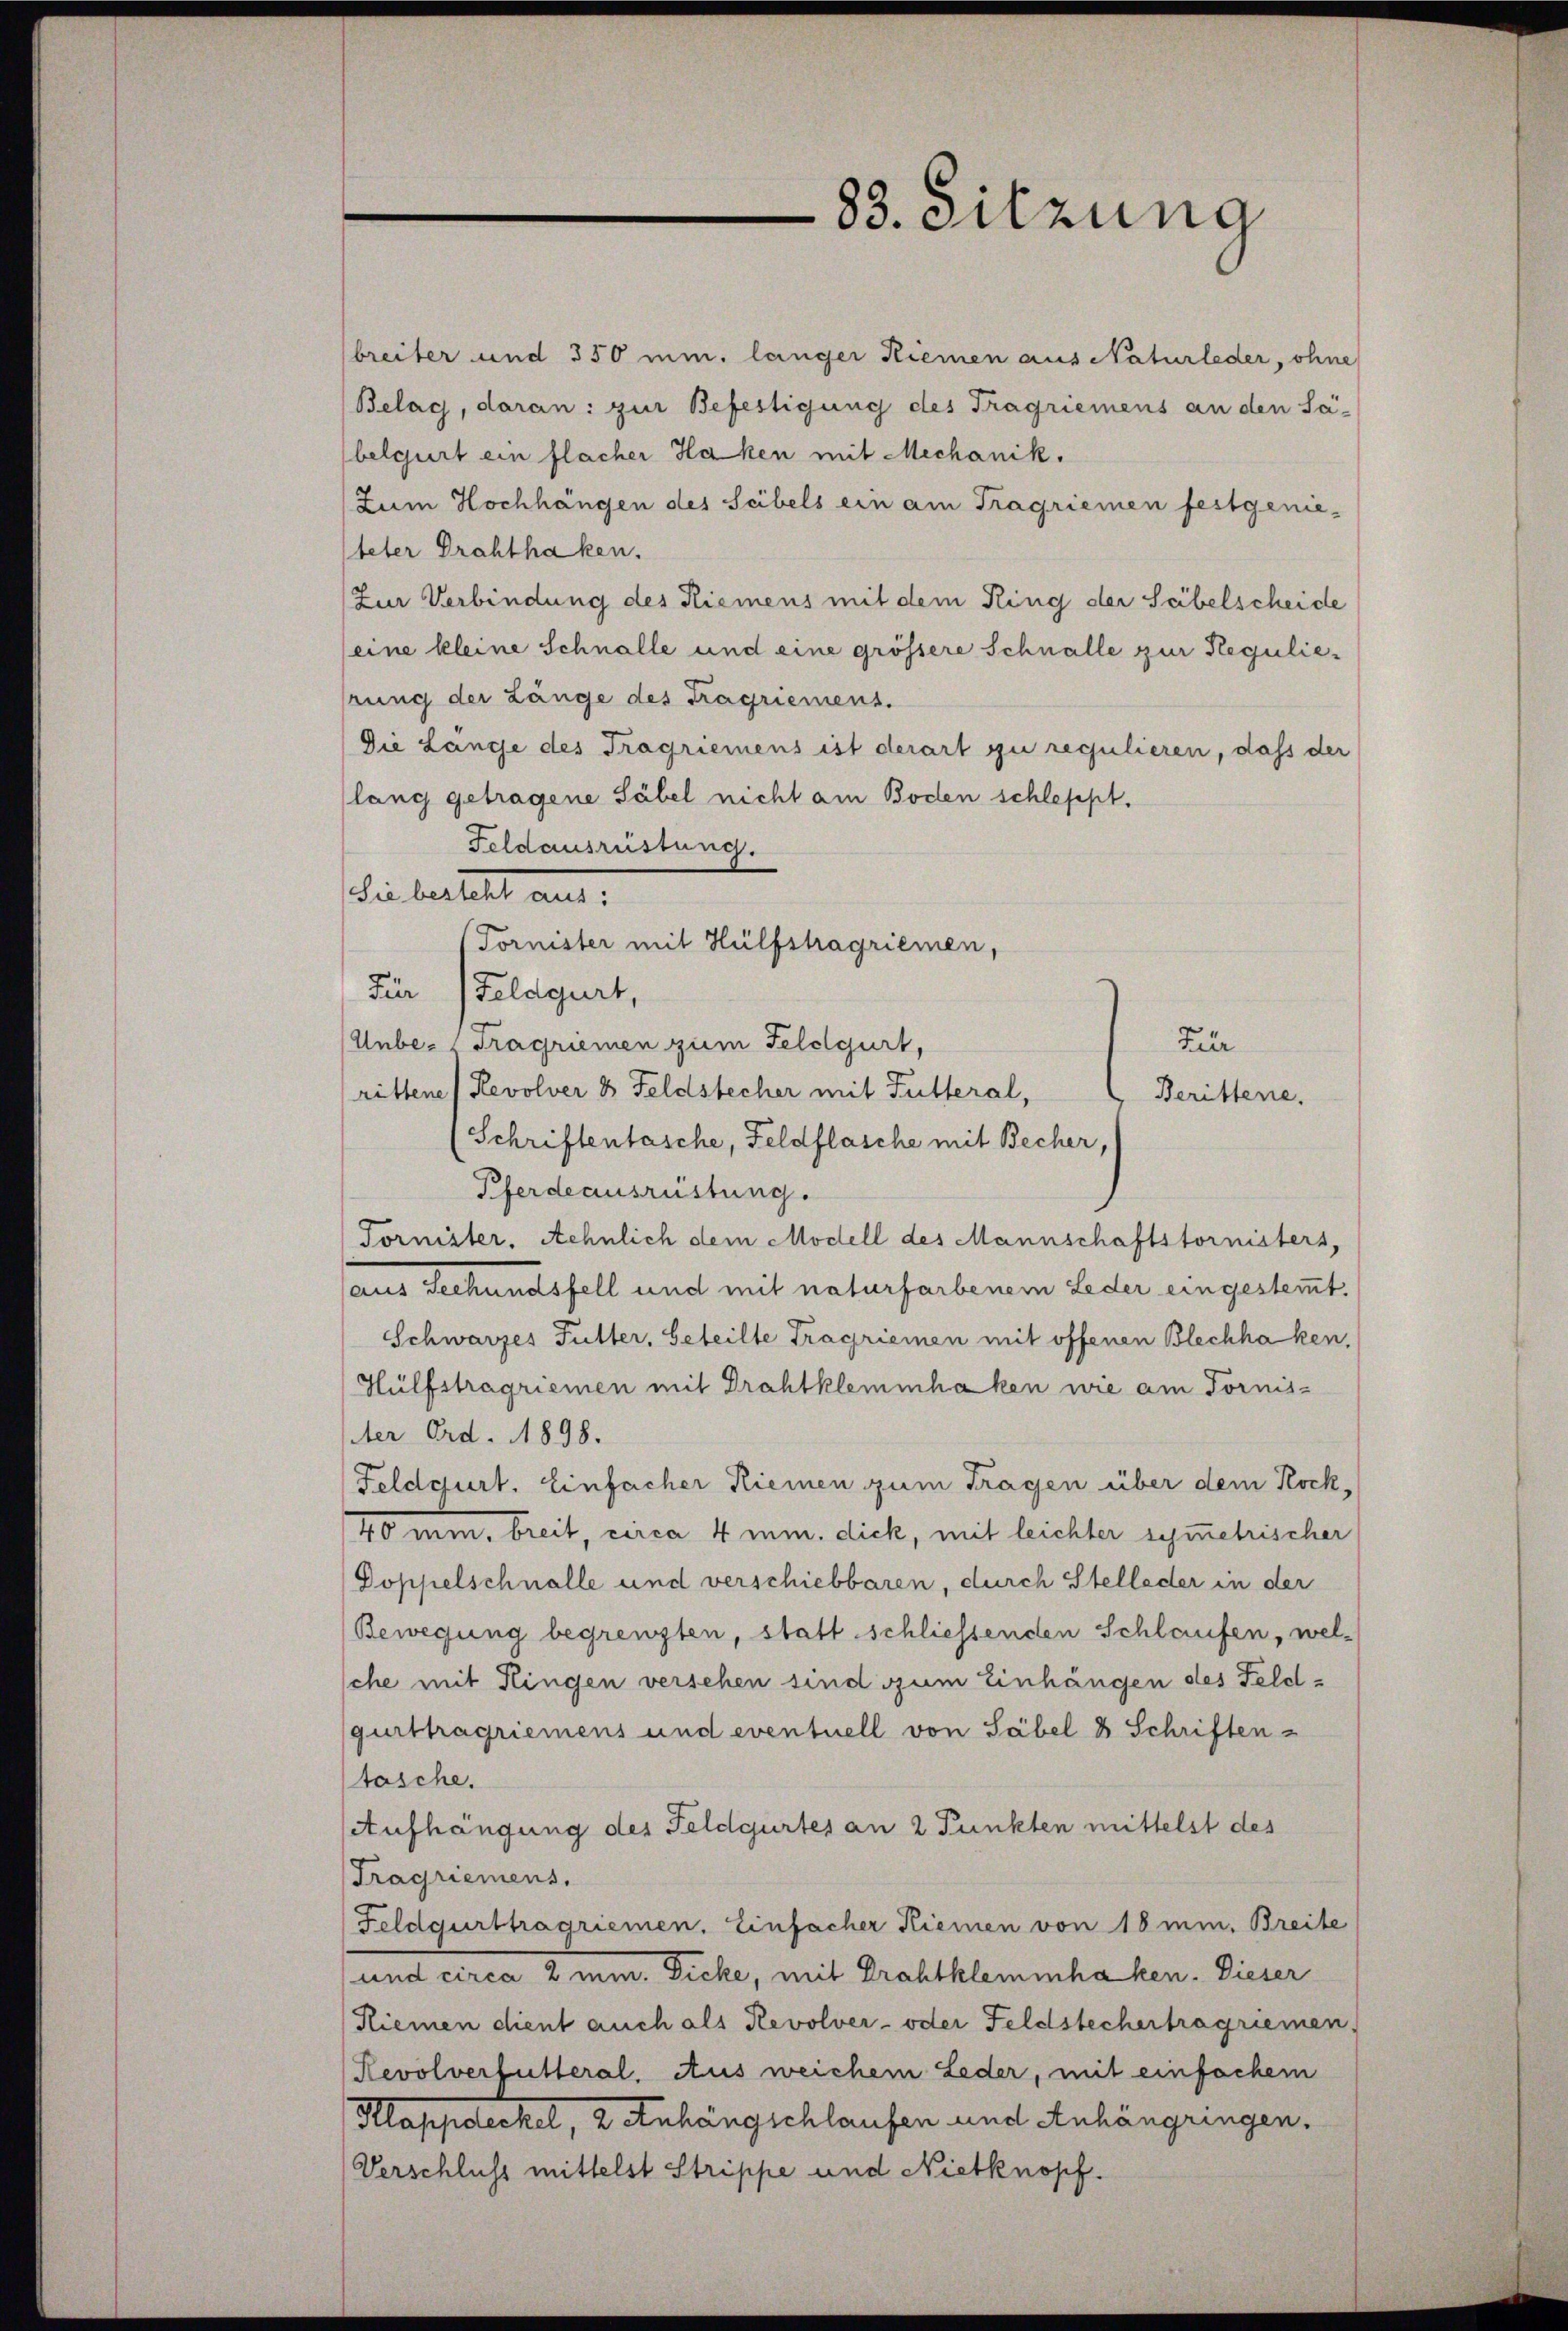
breiter und 350 min. länger Riemen aus Naturleder, ohne
Belag, daran: zur Befestigung des Tragriemens an den Sa-
belgert ein flacher Haken mit Mechanik.
Zum Hochhängen des Scibels ein am Tragriemen festgenie-
teter Drahthaken.
Zur Verbindung des Riemens mit dem Ring der Säbelscheide
seine kleine Schnalle und eine grössere Schnalle zur Regulierung der Länge des Tragriemens.
Die Länge des Tragriemens ist derart zu regulieren, dass der
lang getragene Säbel nicht am Boden schleppt.
Feldausrüstung.
Die besteht aus.
(Tornister mit Hülfstragriemen,
Für
Feldgurt,
Unbe- Tragriemen zum Feldgurt,
Zür
rittene Revolver 8 Feldstecher mit Futteral,
Berittene
Schriftentasche, Feldflasche mit Becher,
Pferdeausrüstung.
Tornister. Aehnlich dem Modell des Mannschaftstornisters,
aus Sechundsfell und mit naturfarbenem Leder eingestemmt.
Schwarzes Futter, Geteilte Tragriemen mit offenen Blechhaken.
Hülfstragriemen mit Drahtklemmhaken wie am Torniser Ord. 1898.
Feldgurt. Einfacher Riemen zum Tragen über dem Kock,
40 min, breit, circa 4 mm. dick, mit leichter symmetrischer
Doppelschnalle und verschiebbaren, durch Stelleder in der
Bewegung begrenzten, statt schliessenden Schlaufen, welche mit Hingen versehen sind zum Einhängen des Feldgurthagriemens und eventuell von Säbel 8 Schriften-
tasche.
Aufhängung des Feldgürtes an 2 Punkten mittelst des
Tragriemens.
Feldgurttragriemen. Einfacher Riemen von 18 min. Breite
(und circa 2 mm. Dicke, mit Drahtklemmhaken. Dieser
Riemen dient auch als Revolver- oder Feldstechertragriemen
Revolverfülleral. Aus weichem Leder, mit einfachem
Klappdeckel, 2 Anhängschlaufen und Anhängringen.
Verschluss mittelst Strippe und Nietknopf.

83. Sitzung